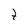
Character: t